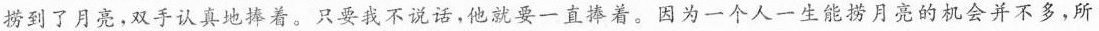
捞到了月亮，双手认真地捧着。只要我不说话，他就要一直捧着。因为一个人一生能捞月亮的机会并不多，所